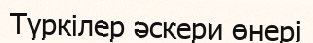
Түркілер әскери өнері